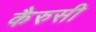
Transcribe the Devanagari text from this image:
कैरुसी